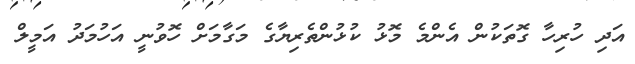
އަދި ހުރިހާ ގޮތަކުން އެންމެ މޮޅު ކުޅުންތެރިޔާގެ މަގާމަށް ހޮވުނީ އަހުމަދު އަމީލް